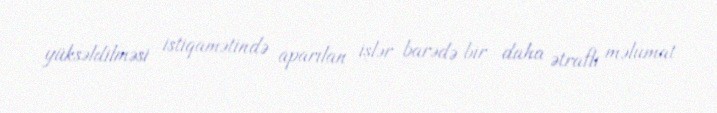
yüksəldilməsi istiqamətində aparılan işlər barədə bir daha ətraflı məlumat